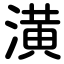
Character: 潢